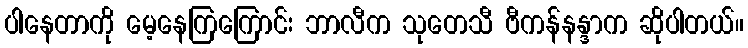
ပါနေတာကို မေ့နေကြကြောင်း ဘာလီက သုတေသီ ဗီကန်နန္ဒာက ဆိုပါတယ်။